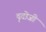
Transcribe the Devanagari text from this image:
दुदोजी